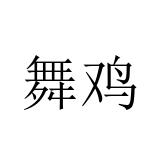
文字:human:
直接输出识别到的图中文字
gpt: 舞鸡